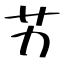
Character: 艻